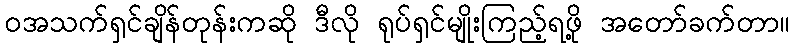
ဝအသက်ရှင်ချိန်တုန်းကဆို ဒီလို ရုပ်ရှင်မျိုးကြည့်ရဖို့ အတော်ခက်တာ။